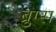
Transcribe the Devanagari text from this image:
ब्रुग्स